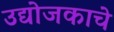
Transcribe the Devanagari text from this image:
उद्योजकाचे